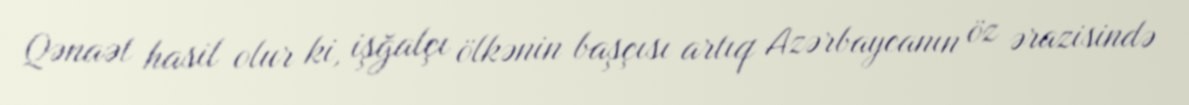
Qənaət hasil olur ki, işğalçı ölkənin başçısı artıq Azərbaycanın öz ərazisində